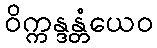
ဝိက္ကန္ဒန္တံယေဝ